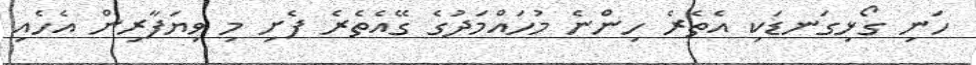
ހަނި ގޯޅިގަނޑަކި އެތެރެ ހިންނެ މުހައްމަދުގެ ގޭއެތެރެ ފެށި މި ވިޔަފާރިން އެހެއި